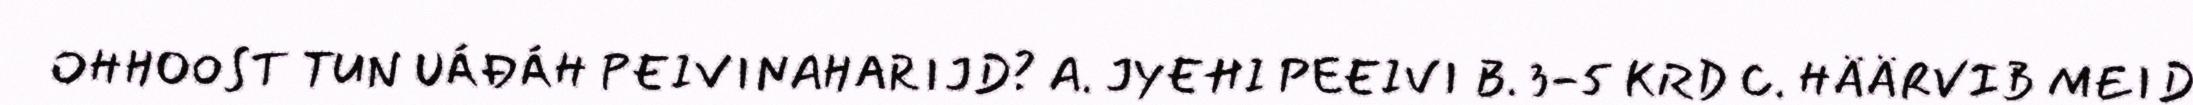
OHHOOST TUN UÁĐÁH PEIVINAHARIJD? A. JYEHI PEEIVI B. 3-5 KRD C. HÄÄRVIB MEID